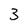
Character: 3